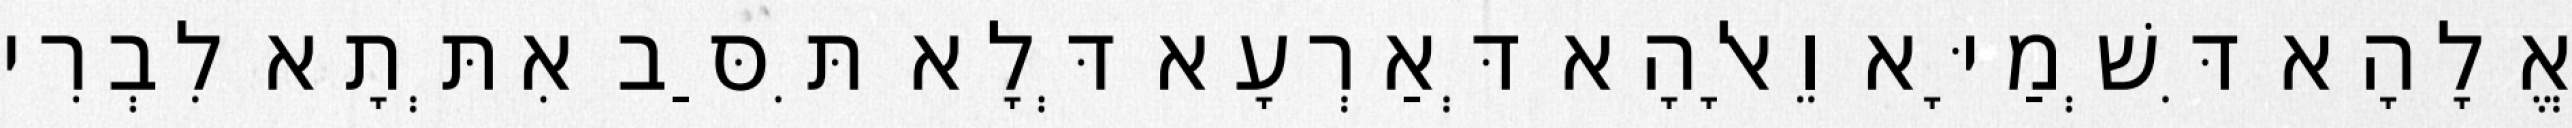
אֱלָהָא דִּשְׁמַיָּא וֵאלָהָא דְּאַרְעָא דְּלָא תִּסַּב אִתְּתָא לִבְרִי